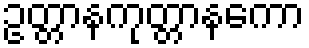
ဥတ္တာနကုတ္တာနကော